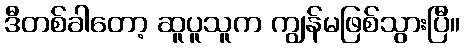
ဒီတစ်ခါတော့ ဆူပူသူက ကျွန်မဖြစ်သွားပြီ။